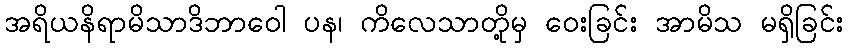
အရိယနိရာမိသာဒိဘာဝေါ ပန၊ ကိလေသာတို့မှ ဝေးခြင်း အာမိသ မရှိခြင်း